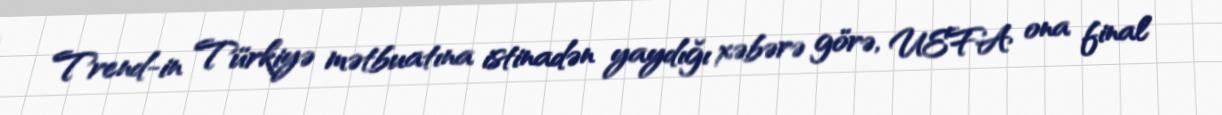
Trend-in Türkiyə mətbuatına istinadən yaydığı xəbərə görə, UEFA ona final